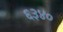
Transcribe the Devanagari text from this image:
६३४०